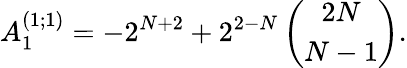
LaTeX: A_{1}^{(1;1)}=-2^{N+2}+2^{2-N}\left(\begin{array}{c}{{2N}}\\ {{N-1}}\end{array}\right).